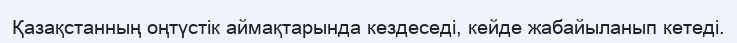
Қазақстанның оңтүстік аймақтарында кездеседі, кейде жабайыланып кетеді.